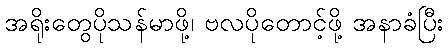
အရိုးတွေပိုသန်မာဖို့၊ ဗလပိုတောင့်ဖို့ အနာခံပြီး